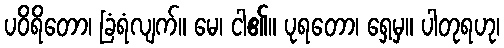
ပဝိရိတော၊ ခြံရံလျက်။ မေ၊ ငါ၏။ ပုရတော၊ ရှေ့မှ။ ပါတုရဟု၊